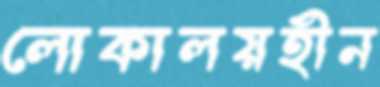
লোকালয়হীন